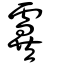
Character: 𧇽